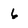
Character: 6